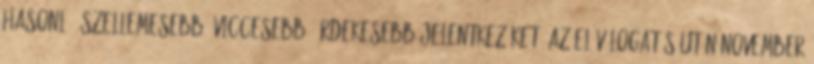
hasonló, szellemesebb, viccesebb, érdekesebb jelentkezőket. Az előválogatás után november